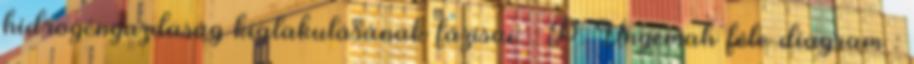
hidrogéngazdaság kialakulásának fázisai: : P. Ungemah féle diagram :